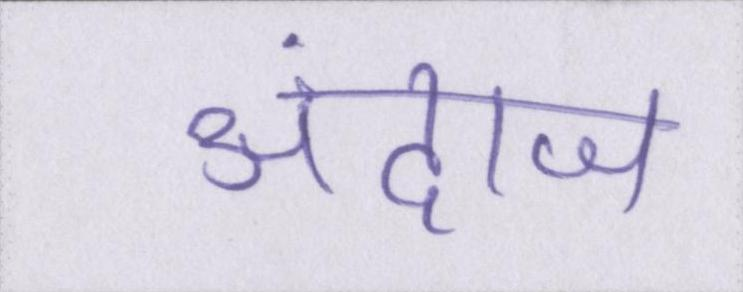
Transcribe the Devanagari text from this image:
अंदाज